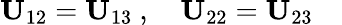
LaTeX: {\mathbf U}_{12}={\mathbf U}_{13}\ ,\quad{\mathbf U}_{22}={\mathbf U}_{23}\quad